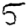
Digit: 5